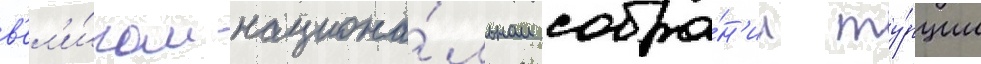
в'ел'и́ком национа́льном собра́н'ии ту́рции